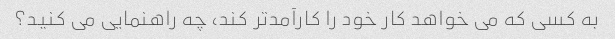
به کسی که می خواهد کار خود را کارآمدتر کند، چه راهنمایی می کنید؟